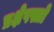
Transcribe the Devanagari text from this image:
प्रक्षेपस्त्रो